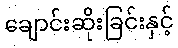
ချောင်းဆိုးခြင်းနှင့်